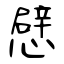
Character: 憵